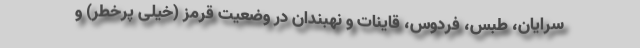
سرایان، طبس، فردوس، قاینات و نهبندان در وضعیت قرمز (خیلی پرخطر) و